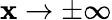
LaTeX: \mathbf{x}\to\pm\infty